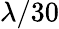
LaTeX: \lambda/30